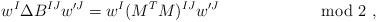
LaTeX: \begin{align*}w^I \Delta B^{IJ} w'^J = w^I (M^{T}M)^{IJ} w'^J \qquad \qquad \qquad \; \mbox{mod\ 2}\ ,\end{align*}